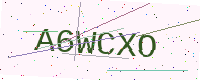
Text: A6WCXO